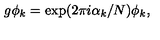
g \phi _ { k } = \exp ( 2 \pi i \alpha _ { k } / N ) \phi _ { k } ,